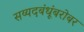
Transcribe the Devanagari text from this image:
सय्यदबंधूंबरोबर